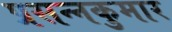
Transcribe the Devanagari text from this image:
प्रसन्‍नकुमार